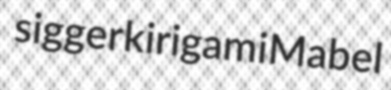
sigger kirigami Mabel